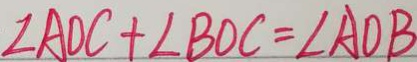
\angle A O C + \angle B O C = \angle A O B